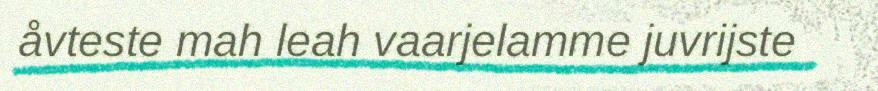
åvteste mah leah vaarjelamme juvrijste